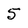
Character: 5